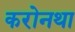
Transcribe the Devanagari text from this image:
करोनथा